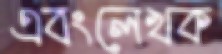
এবংলেখক